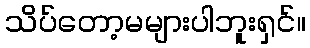
သိပ်တော့မများပါဘူးရှင်။